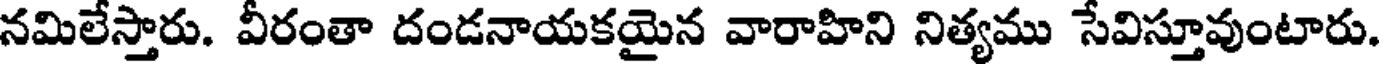
నమిలేస్తారు. వీరంతా దండనాయకయైన వారాహిని నిత్యము సేవిస్తూవుంటారు.